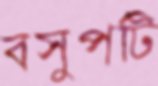
বসুপটি